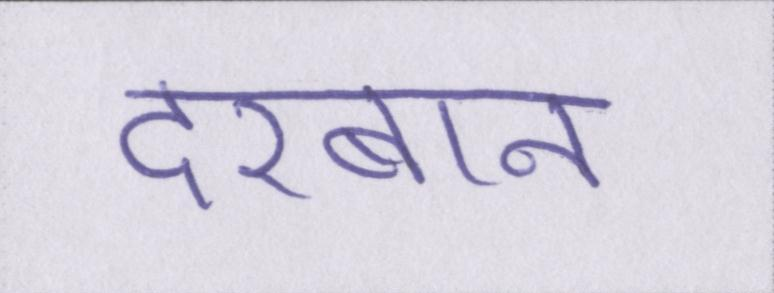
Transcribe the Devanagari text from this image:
दरबान